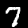
Label: 7